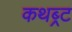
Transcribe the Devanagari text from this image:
कथब्र्ट